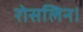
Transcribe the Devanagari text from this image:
रोसलिन।